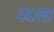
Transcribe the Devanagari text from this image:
मदाला